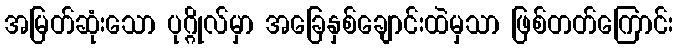
အမြတ်ဆုံးသော ပုဂ္ဂိုလ်မှာ အခြေနှစ်ချောင်းထဲမှသာ ဖြစ်တတ်ကြောင်း